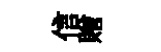
信贈